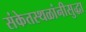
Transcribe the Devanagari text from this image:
संकेतस्थळांनीसुद्धा